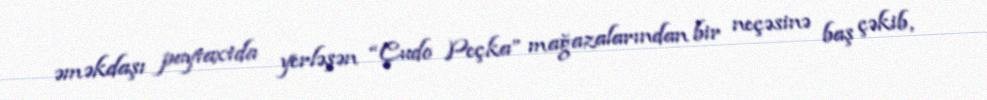
əməkdaşı paytaxtda yerləşən “Çudo Peçka” mağazalarından bir neçəsinə baş çəkib,